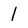
Character: l